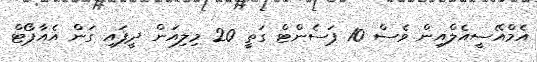
އެމްއޭސީއެލްއިން ވެސް 10 ޕަސެންޓް ގަތީ 20 މިލިއަން ދީފައި ގަން އެއާޕޯޓް